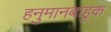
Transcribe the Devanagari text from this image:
हनुमानबाहुक